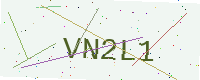
Text: VN2L1